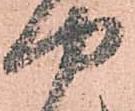
や